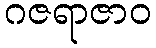
ဂဇရာဇာဝ